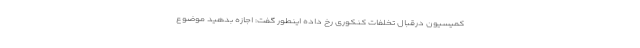
کمیسیون درقبال تخلفات کنکوری رخ داده اینطور گفت: اجازه بدهید موضوع